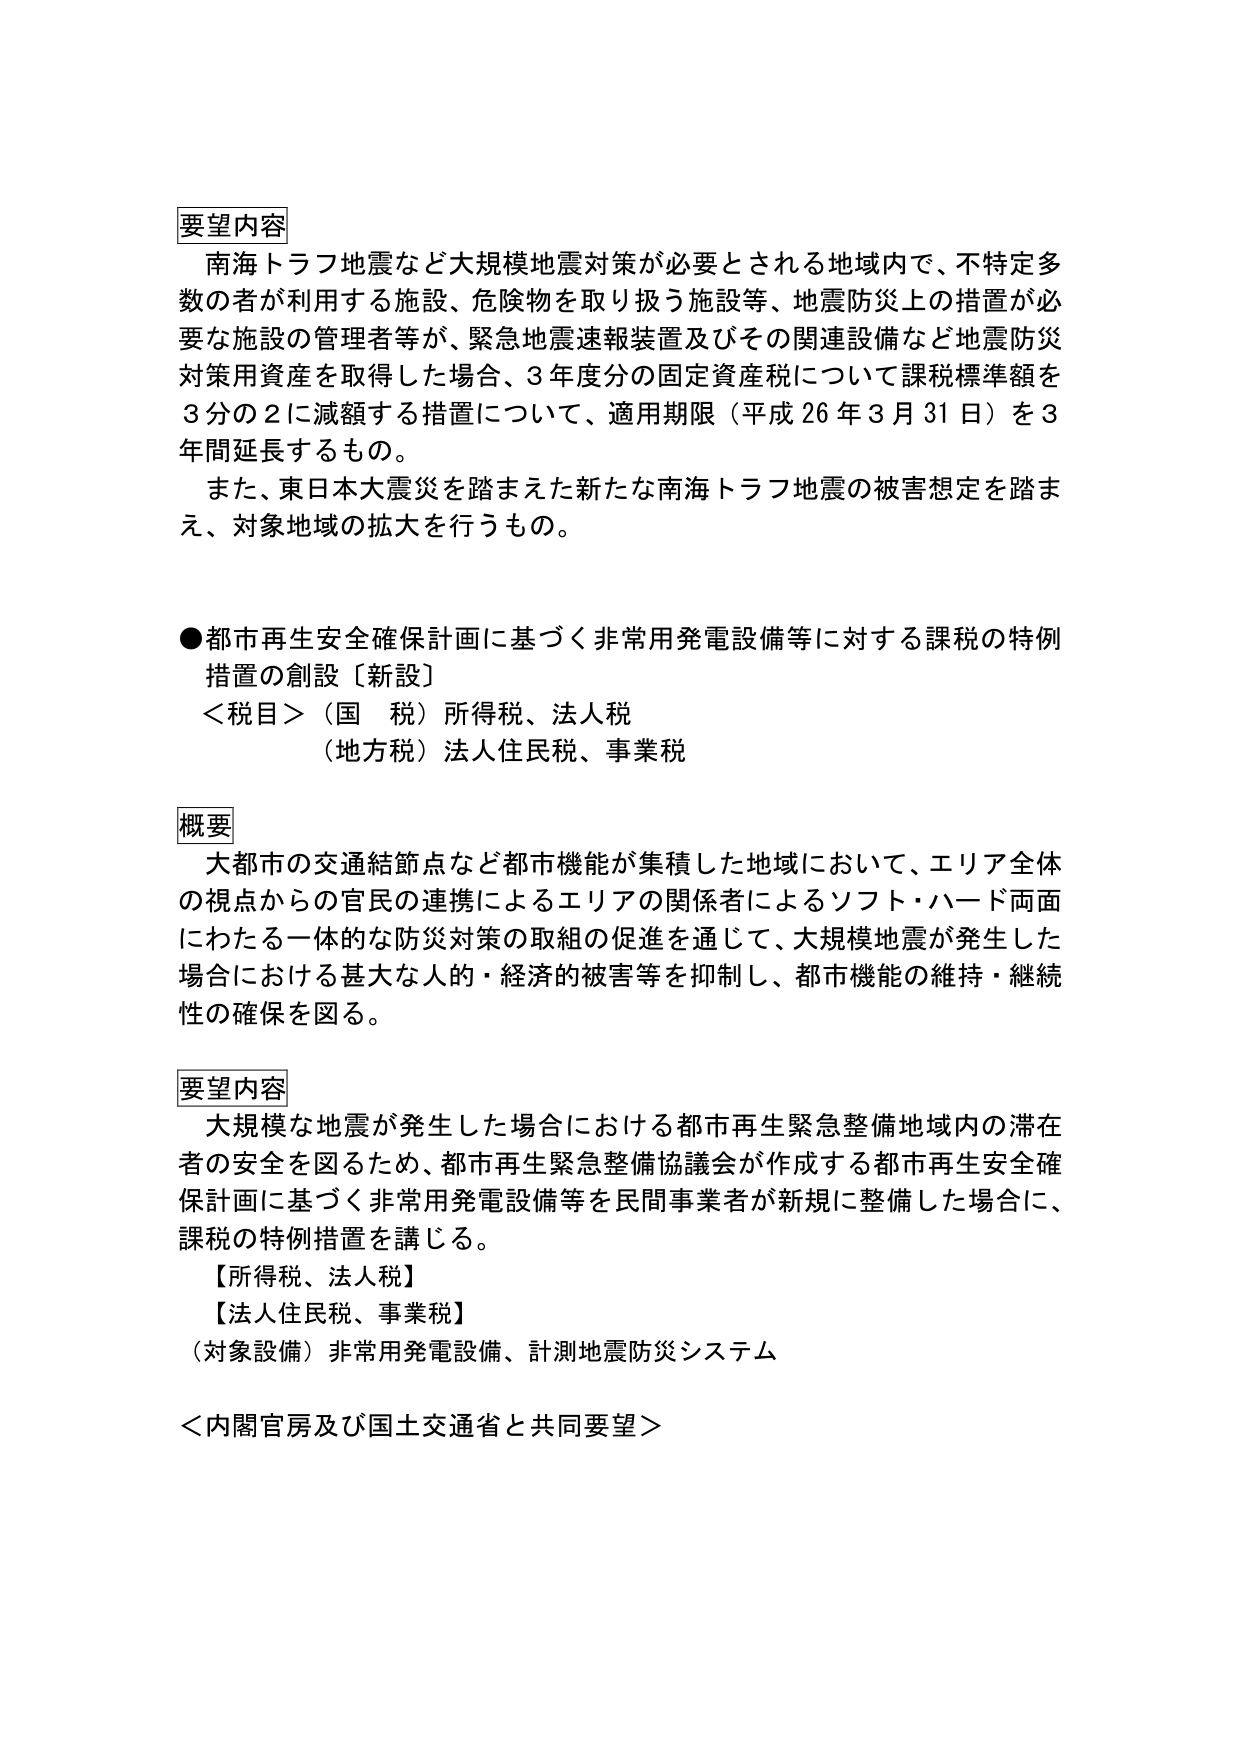
要望内容
南海トラフ地震など大規模地震対策が必要とされる地域内で、不特定多数の者が利用する施設、危険物を取り扱う施設等、地震防災上の措置が必要な施設の管理者等が、緊急地震速報装置及びその関連設備など地震防災対策用資産を取得した場合、3年度分の固定資産税について課税標準額を3分の2に減額する措置について、適用期限（平成26年3月31日）を3年間延長するもの。
また、東日本大震災を踏まえた新たな南海トラフ地震の被害想定を踏まえ、対象地域の拡大を行うもの。

●都市再生安全確保計画に基づく非常用発電設備等に対する課税の特例措置の創設〔新設〕
＜税目＞（国税）所得税、法人税
（地方税）法人住民税、事業税

概要
大都市の交通結節点など都市機能が集積した地域において、エリア全体の視点からの官民の連携によるエリアの関係者によるソフト・ハード両面にわたる一体的な防災対策の取組の促進を通じて、大規模地震が発生した場合における甚大な人的・経済的被害等を抑制し、都市機能の維持・継続性の確保を図る。

要望内容
大規模な地震が発生した場合における都市再生緊急整備地域内の滞在者の安全を図るため、都市再生緊急整備協議会が作成する都市再生安全確保計画に基づく非常用発電設備等を民間事業者が新規に整備した場合に、課税の特例措置を講じる。
【所得税、法人税】
【法人住民税、事業税】
（対象設備）非常用発電設備、計測地震防災システム
＜内閣官房及び国土交通省と共同要望＞